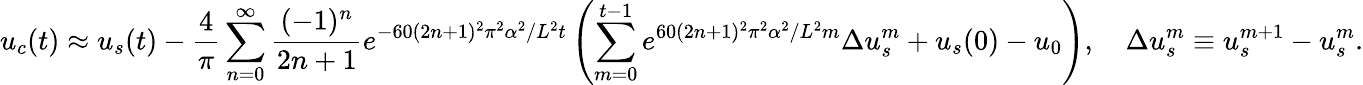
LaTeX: u_{c}(t)\approx u_{s}(t)-\frac{4}{\pi}\sum_{n=0}^{\infty}\frac{(-1)^{n}}{2n+1}e^{-60(2n+1)^{2}\pi^{2}\alpha^{2}/L^{2}t}\left(\sum_{m=0}^{t-1}e^{60(2n+1)^{2}\pi^{2}\alpha^{2}/L^{2}m}\Delta u_{s}^{m}+u_{s}(0)-u_{0}\right),\quad\Delta u_{s}^{m}\equiv u_{s}^{m+1}-u_{s}^{m}.